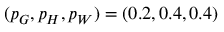
( p _ { G } , p _ { H } , p _ { W } ) = ( 0 . 2 , 0 . 4 , 0 . 4 )